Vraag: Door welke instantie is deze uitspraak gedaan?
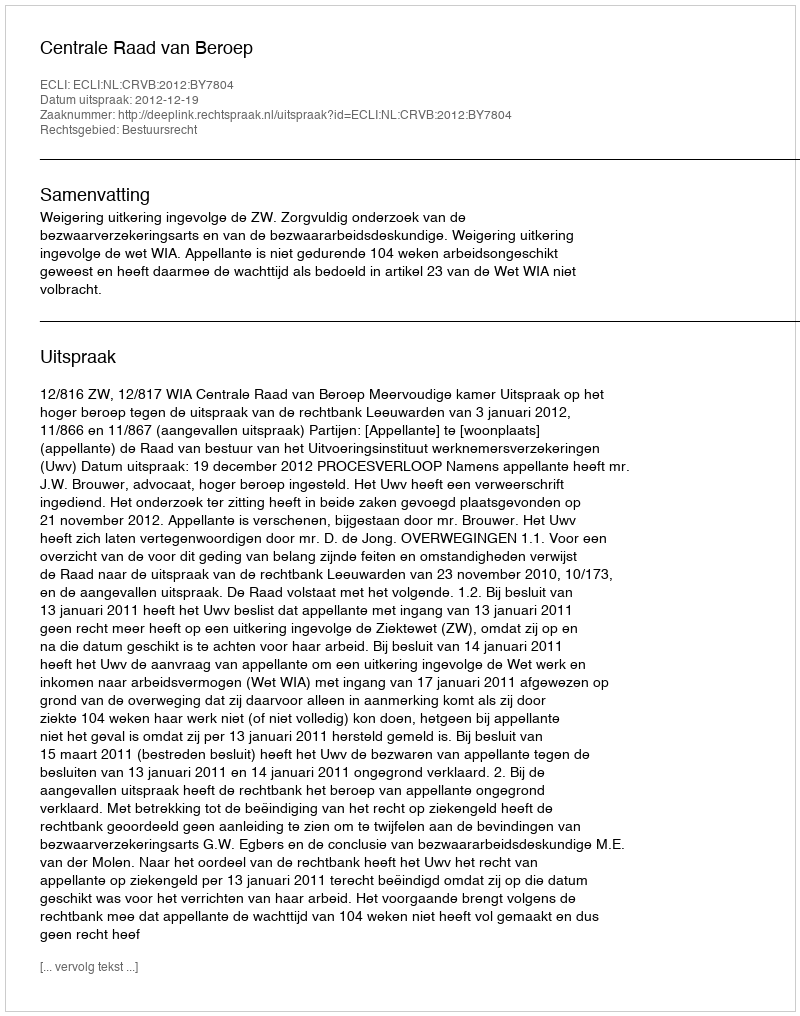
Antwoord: Centrale Raad van Beroep